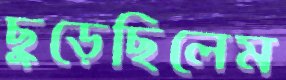
ছুড়েছিলেম